Report of the Indian Hemp Drugs Commission, 1894-1895 - Volume VI
Year: 1894
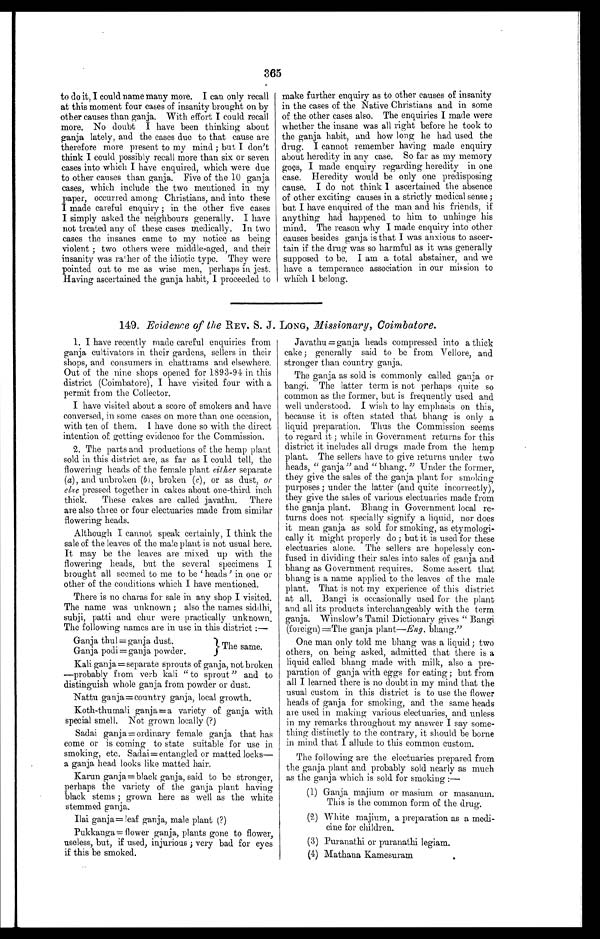
365
to do it, I could name many more. I can only recall
at this moment four cases of insanity brought on by
other causes than ganja. With effort I could recall
more. No doubt I have been thinking about
ganja lately, and the cases due to that cause are
therefore more present to my mind ; but I don't
think I could possibly recall more than six or seven
cases into which I have enquired, which were due
to other causes than ganja. Five of the 10 ganja
cases, which include the two mentioned in my
paper, occurred among Christians, and into these
I made careful enquiry ; in the other five cases
I simply asked the neighbours generally. I have
not treated any of these eases medically. In two
cases the insanes came to my notice as being
violent ; two others were middle-aged, and their
insanity was ra'her of the idiotic type. They were
pointed out to me as wise men, perhaps in jest.
Having ascertained the ganja habit, I proceeded to
make further enquiry as to other causes of insanity
in the cases of the Native Christians and in some
of the other cases also. The enquiries I made were
whether the insane was all right before he took to
the ganja habit, and how long he had used the
drug. I cannot remember having made enquiry
about heredity in any case. So far as my memory
goes, I made enquiry regarding heredity in one
case. Heredity would be only one predisposing
cause. I do not think I ascertained the absence
of other exciting causes in a strictly medical sense;
but I have enquired of the man and his friends, if
anything had happened to him to unhinge his
mind. The reason why I made enquiry into other
causes besides ganja is that I was anxious to ascer-
tain if the drug was so harmful as it was generally
supposed to be. I am a total abstainer, and we
have a temperance association in our mission to
which I belong.
149. Evidence of the REV. S. J. LONG, Missionary, Coimbatore.
1. I have recently made careful enquiries from
ganja cultivators in their gardens, sellers in their
shops, and consumers in chattrams and elsewhere.
Out of the nine shops opened for 1893-94 in this
district (Coimbatore), I have visited four with a
permit from the Collector.
I have visited about a score of smokers and have
conversed, in some cases on more than one occasion,
with ten of them. 1 have done so with the direct
intention of getting evidence for the Commission.
2. The parts and productions of the hemp plant
sold in this district are, as far as I could tell, the
flowering heads of the female plant either separate
(a) , and unbroken (b ) , b r o k e n (
c ) , o r a s d u s t , o
r
else pressed together in cakes about one-third inch
thick. These cakes are called javathu. There
are also three or four electuaries made from similar
flowering heads.
Although I cannot speak certainly, I think the
sale of the leaves of the male plant is not usual here.
It may be the leaves are mixed up with the
flowering heads, but the several specimens I
brought all seemed to me to be ' heads ' in one or
other of the conditions which I have mentioned.
There is no charas for sale in any shop I visited.
The name was unknown ; also the names siddhi,
subji, patti and chug were practically unknown,
The following names are in use in this district :—
Ganja thul = ganja dust.
} The same.
Ganja podi = ganja powder.
Kali ganja = separate sprouts of ganja, not broken
—probably from verb kali "to sprout " and to
distinguish whole ganja from powder or dust.
Nattu ganja=country ganja, local growth.
Koth-thumali ganja=a variety of ganja with
special smell. Not grown locally (?)
Sadai ganja = ordinary female ganja that has
come or is coming to state suitable for use in
smoking, etc. SaLi=entangled or matted locks—
a ganja head looks like matted hair.
Karun ganja=black ganja, said to be stronger,
perhaps the variety of the ganja plant having
black stems ; grown here as well as the white
stemmed ganja.
Ilai ganja= leaf ganja, male plant (?)
Pukkanga= flower ganja, plants gone to flower,
useless, but, if used, injurious ; very bad for eyes
if this be smoked.
Javathu = ganja heads compressed into a thick
cake; generally said to be from Vellore, and
stronger than country ganja.
The ganja as sold is commonly called ganja or
bangi. The latter term is not perhaps quite so
common as the former, but is frequently used and
well understood. I wish to lay emphasis on this,
because it is often stated that bhang is only a
liquid preparation. Thus the Commission seems
to regard it ; while in Government returns for this
district it includes all drugs made from the hemp
plant. The sellers have to give returns under two
heads, " ganja" and " bhang. " Under the former,
they give the sales of the ganja plant for smoking
purposes; under the latter (and quite incorrectly),
they give the sales of various electuaries made from
the ganja plant. Bhang in Government local re-
turns does not specially signify a liquid, nor does
it mean ganja as sold for smoking, as etymologi-
cally it might properly do ; but it is used for these
electuaries alone. The sellers are hopelessly con-
fused in dividing their sales into sales of ganja and
bhang as Government requires. Some assert that
bhang is a name applied to the leaves of the male
plant. That is not my experience of this district
at all. Bangi is occasionally used for the plant
and all its products interchangeably with the term
ganja. Winslow's Tamil Dictionary gives " Bangi
(foreign) =Tile ganja plant—Eng. bhang."
One man only told me bhang was a liquid; two
others, on being asked, admitted that there is a
liquid called bhang made with milk, also a pre-
paration of ,ganja with eggs for eating; but from
all I learned there is no doubt in my mind that the
usual custom in this district is to use the flower
heads of ganja for smoking, and the same heads
are used in making various electuaries, and unless
in my remarks throughout my answer I say some-
thing distinctly to the contrary, it should be borne
in mind that I allude to this common custom.
The following are the electuaries prepared from
the ganja plant and probably sold nearly as much
as the ganja which is sold for smoking :-
(1) Ganja majium or masium or masanum.
This is the common form of the drug.
(2) White majium, a preparation as a medi-
cine for children.
(3) Puranathi or puranathi legiam.
(4) Mathana Kamesuram